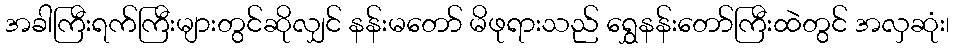
အခါကြီးရက်ကြီးများတွင်ဆိုလျှင် နန်းမတော် မိဖုရားသည် ရွှေနန်းတော်ကြီးထဲတွင် အလှဆုံး၊